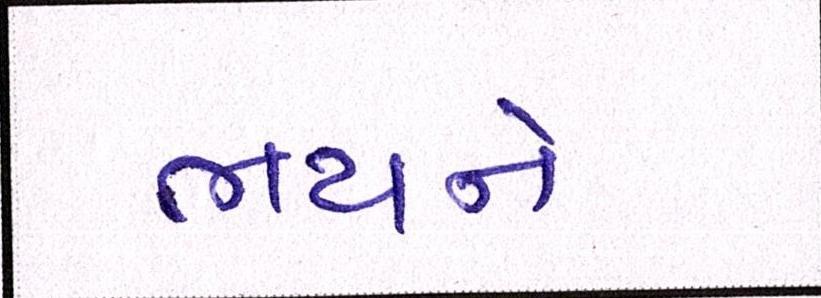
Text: ભયને